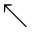
\nwarrow